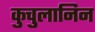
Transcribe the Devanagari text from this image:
कुचुलानिन